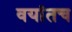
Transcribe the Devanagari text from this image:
वयांतच